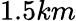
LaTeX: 1.5km